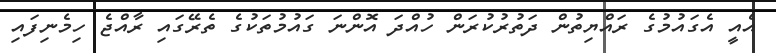
އެއީ އެގައުމުގެ ރައްޔިތުން ދަތުރުކުރަން ހުއްދަ އޮންނަ ގައުމުތަކުގެ ތެރޭގައި ރާއްޖެ ހިމެނިފައި